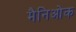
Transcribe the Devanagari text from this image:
मैनिओक